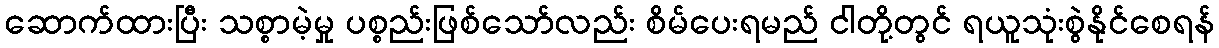
ဆောက်ထားပြီး သစ္စာမဲ့မှု ပစ္စည်းဖြစ်သော်လည်း စိမ်ပေးရမည် ငါတို့တွင် ရယူသုံးစွဲနိုင်စေရန်